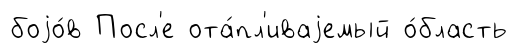
боjо́в Посл'е ота́пл'иваjемый о́бласть